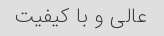
عالى و با کیفیت